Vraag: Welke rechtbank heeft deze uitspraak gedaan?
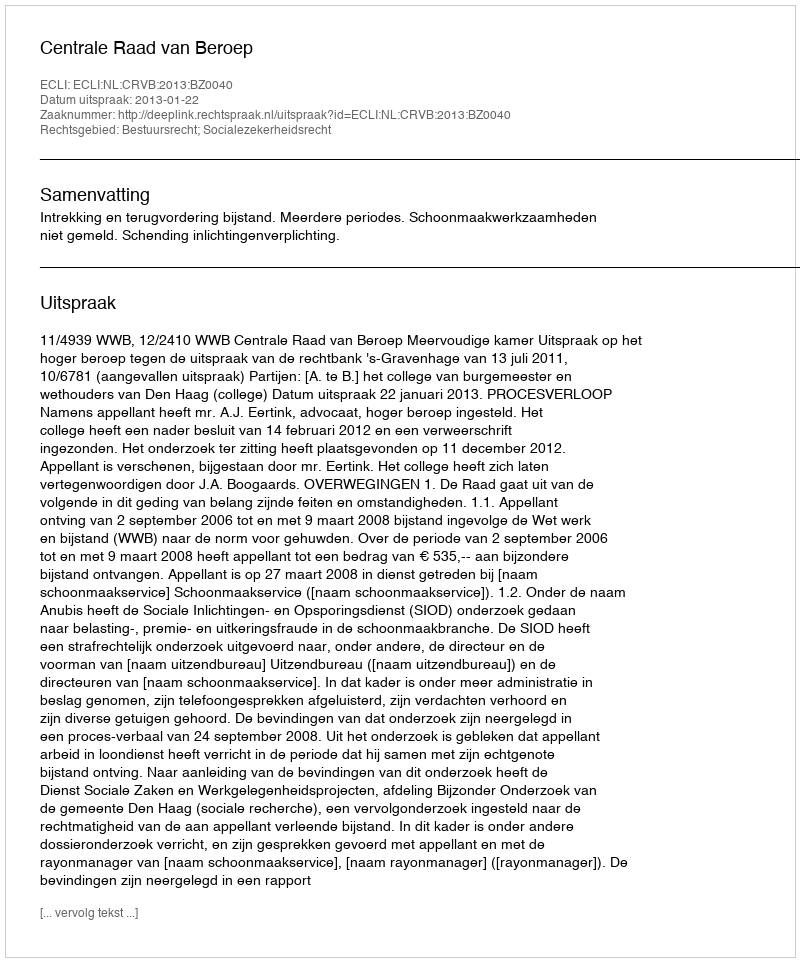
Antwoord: Centrale Raad van Beroep